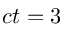
c t = 3